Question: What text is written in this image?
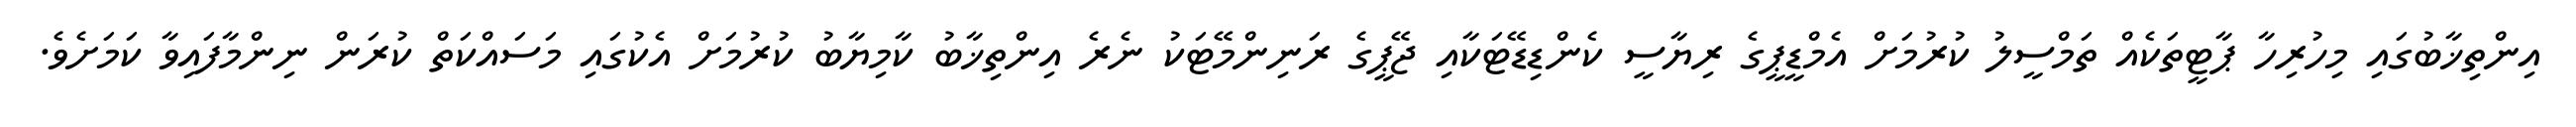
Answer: އިންތިޚާބުގައި މިހުރިހާ ޕާޓީތަކެއް ތަމްސީލު ކުރުމަށް އެމްޑީޕީގެ ރިޔާސީ ކެންޑިޑޭޓަކާއި ޖޭޕީގެ ރަނިންމޭޓަކު ނެރެ އިންތިޚާބު ކާމިޔާބު ކުރުމަށް އެކުގައި މަސައްކަތް ކުރަން ނިންމާފައިވާ ކަމަށެވެ.